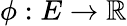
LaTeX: \phi:E\to\mathbb{R}